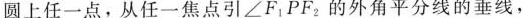
圆上任一点，从任一焦点引F_{1|∠F_{2|，的外角平分线的垂线，